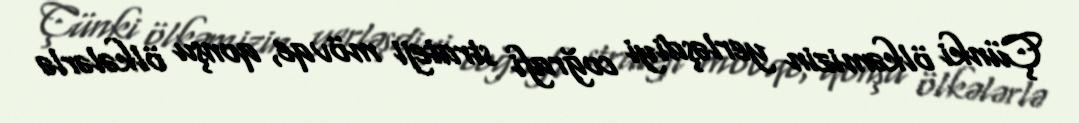
Çünki ölkəmizin yerləşdiyi coğrafi strateji mövqe, qonşu ölkələrlə